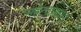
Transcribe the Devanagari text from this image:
महेन्द्रप्रताप